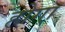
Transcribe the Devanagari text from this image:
होगा़